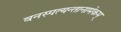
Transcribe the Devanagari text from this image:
वनस्पत्यन्तानामेकम्